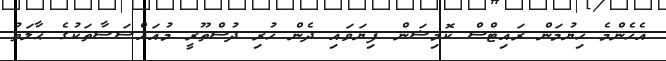
އެހެންމެ ހިޔުމަން ރައިޓްސް ކޮމިޝަން ފިޔަވައި ދެން ހުރި ދުސްތޫރީ މުއައްސަސާތަކުގެ ޙާލަތު